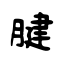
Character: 腱